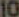
10